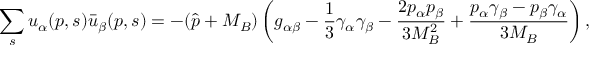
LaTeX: \sum _ { s } u _ { \alpha } ( p , s ) \bar { u } _ { \beta } ( p , s ) = - ( \hat { p } + M _ { B } ) \left( g _ { \alpha \beta } - { \frac { 1 } { 3 } } \gamma _ { \alpha } \gamma _ { \beta } - { \frac { 2 p _ { \alpha } p _ { \beta } } { 3 M _ { B } ^ { 2 } } } + { \frac { p _ { \alpha } \gamma _ { \beta } - p _ { \beta } \gamma _ { \alpha } } { 3 M _ { B } } } \right) ,